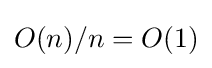
O(n)/n=O(1)